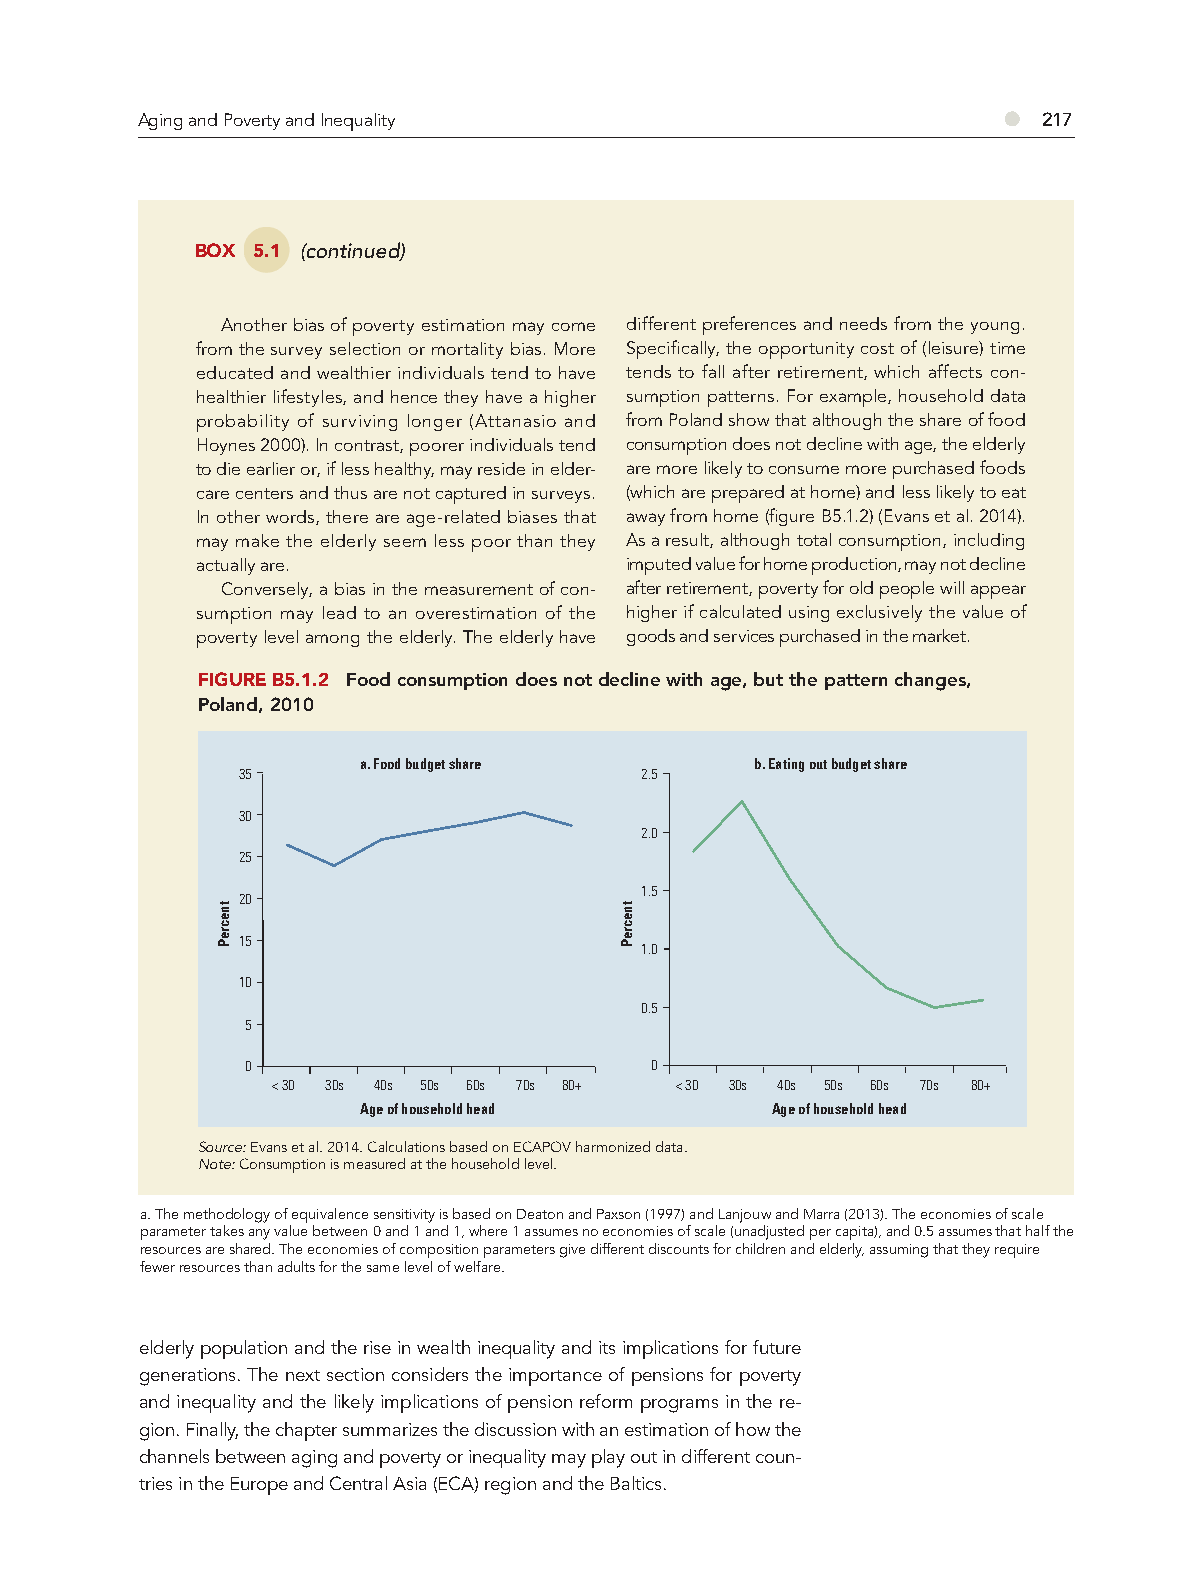
Aging and Poverty and Inequality                         ●  217
 BOX 5.1 (continued)
 Another bias of poverty estimation may come different preferences and needs from the young.
 from the survey selection or mortality bias. More Specifi cally, the opportunity cost of (leisure) time
 educated and wealthier individuals tend to have tends to fall after retirement, which affects con-
 healthier lifestyles, and hence they have a higher sumption patterns. For example, household data
 probability of surviving longer (Attanasio and from Poland show that although the share of food
 Hoynes 2000). In contrast, poorer individuals tend consumption does not decline with age, the elderly
 to die earlier or, if less healthy, may reside in elder- are more likely to consume more purchased foods
 care centers and thus are not captured in surveys. (which are prepared at home) and less likely to eat
 In other words, there are age-related biases that away from home (fi gure B5.1.2) (Evans et al. 2014).
 may make the elderly seem less poor than they As a result, although total consumption, including
 actually are.               imputed value for home production, may not decline
 Conversely, a bias in the measurement of con- after retirement, poverty for old people will appear
 sumption may lead to an overestimation of the higher if calculated using exclusively the value of
 poverty level among the elderly. The elderly have goods and services purchased in the market.
 FIGURE B5.1.2 Food consumption does not decline with age, but the pattern changes,
 Poland, 2010
 a. Food budget share      b. Eating out budget share
 35                        2.5
 30
 2.0
 25
 1.5
 20
 15
 1.0
 10
 0.5
 5
 0                          0
 < 30 30s 40s 50s 60s 70s 80+ < 30 30s 40s 50s 60s 70s 80+
 Age of household head      Age of household head
 Source: Evans et al. 2014. Calculations based on ECAPOV harmonized data.
 Note: Consumption is measured at the household level.
 a. The methodology of equivalence sensitivity is based on Deaton and Paxson (1997) and Lanjouw and Marra (2013). The economies of scale
 parameter takes any value between 0 and 1 and 1, where 1 assumes no economies of scale (unadjusted per capita), and 0.5 assumes that half the
 resources are shared. The economies of composition parameters give different discounts for children and elderly, assuming that they require
 fewer resources than adults for the same level of welfare.
 elderly population and the rise in wealth inequality and its implications for future
 generations. The next section considers the importance of pensions for poverty
 and inequality and the likely implications of pension reform programs in the re-
 gion. Finally, the chapter summarizes the discussion with an estimation of how the
 channels between aging and poverty or inequality may play out in different coun-
 tries in the Europe and Central Asia (ECA) region and the Baltics.
 tnecreP                    tnecreP